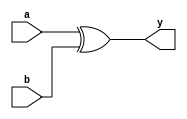
module imp_xor(a,b,y);
input a,b;
output y;


assign y =a ^ b;

endmodule